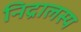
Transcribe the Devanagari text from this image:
निद्रालस्य